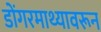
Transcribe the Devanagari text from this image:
डोंगरमाथ्यावरून